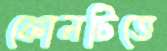
কোনটিতে